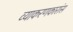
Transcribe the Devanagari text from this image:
व्याकरणकारांस